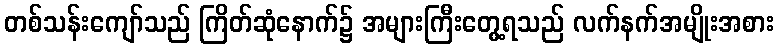
တစ်သန်းကျော်သည် ကြိတ်ဆုံနောက်၌ အများကြီးတွေ့ရသည် လက်နက်အမျိုးအစား